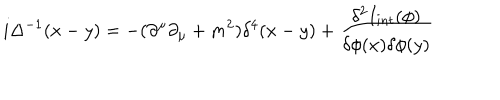
i \Delta ^ { - 1 } ( x - y ) = - { ( \partial ^ { \mu } \partial _ { \mu } + m ^ { 2 } ) } { \delta ^ { 4 } ( x - y ) } + { \frac { \delta ^ { 2 } I _ { i n t } ( \phi ) } { \delta \phi ( x ) \delta \phi ( y ) } }